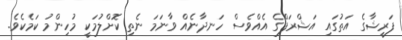
ފަރީޝާގެ އަތުގައި އަޝްރަފްގެ އެއްވެސް ހަނދާނެއް ވާނަމަ ނެތި ކޮށްލުމަކީ މުހިންމު ކަމެކެވެ.